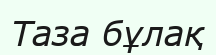
Таза бұлақ